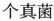
个真菌